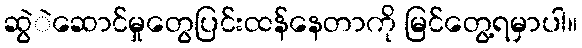
ဆွဲဲဆောင်မှုတွေပြင်းထန်နေတာကို မြင်တွေ့ရမှာပါ။